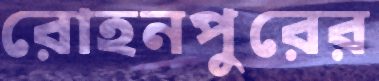
রোহনপুরের